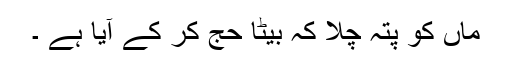
ماں کو پتہ چلا کہ بیٹا حج کر کے آیا ہے ۔